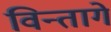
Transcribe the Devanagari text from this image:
विन्तागे